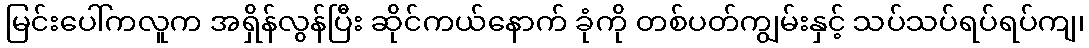
မြင်းပေါ်ကလူက အရှိန်လွန်ပြီး ဆိုင်ကယ်နောက် ခုံကို တစ်ပတ်ကျွမ်းနှင့် သပ်သပ်ရပ်ရပ်ကျ၊